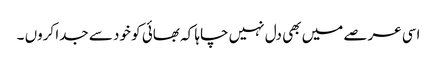
اسی عرصے میں بھی دل نہیں چاہا کہ بھائی کو خود سے جدا کروں ۔